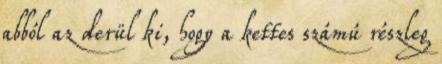
abból az derül ki, hogy a kettes számú részleg